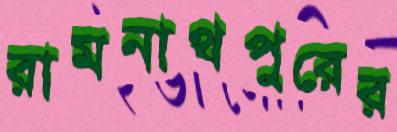
রামনাথপুরের